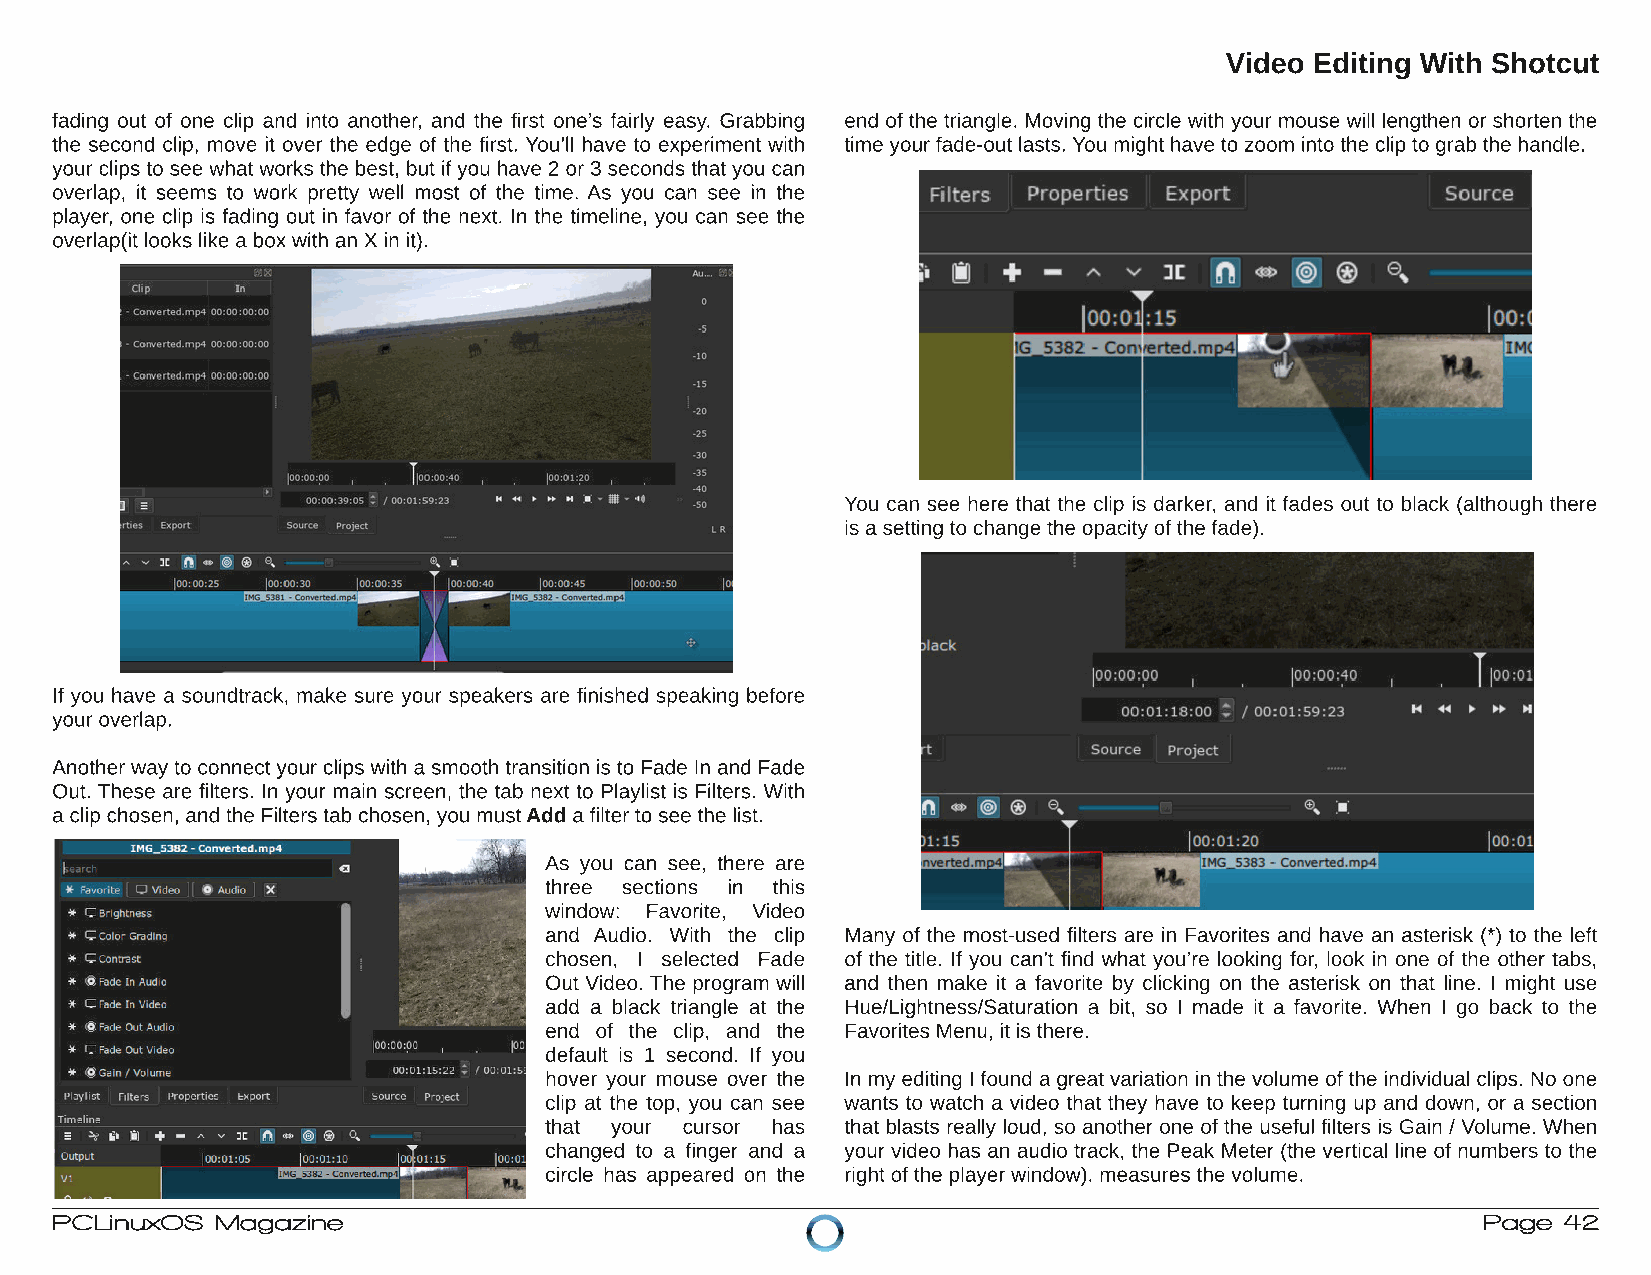
Video Editing With Shotcut
 fading out of one clip and into another, and the first one’s fairly easy. Grabbing end ofthe triangle. Moving the circle with your mouse will lengthen or shorten the
 the second clip, move it over the edge of the first. You’ll have to experiment with time yourfade-outlasts. You mighthave to zoom into the clip to grab the handle.
 your clips to see whatworks the best, butifyou have 2 or 3 seconds thatyou can
 overlap, it seems to work pretty well most of the time. As you can see in the
 player, one clip is fading out in favor of the next. In the timeline, you can see the
 overlap(itlooks like aboxwith an Xin it).
 You can see here that the clip is darker, and it fades out to black (although there
 is asetting to change the opacityofthe fade).
 If you have a soundtrack, make sure your speakers are finished speaking before
 youroverlap.
 Another wayto connectyour clips with asmooth transition is to Fade In and Fade
 Out. These are filters. In your main screen, the tab next to Playlist is Filters. With
 aclip chosen, and the Filters tab chosen, you mustAdd afilterto see the list.
 As you can see, there are
 three sections in this
 window: Favorite, Video
 and Audio. With the clip Many of the most-used filters are in Favorites and have an asterisk (*) to the left
 chosen, I selected Fade of the title. If you can’t find what you’re looking for, look in one of the other tabs,
 Out Video. The program will and then make it a favorite by clicking on the asterisk on that line. I might use
 add a black triangle at the Hue/Lightness/Saturation a bit, so I made it a favorite. When I go back to the
 end of the clip, and the Favorites Menu, itis there.
 default is 1 second. If you
 hover your mouse over the In myediting I found agreatvariation in the volume ofthe individual clips. No one
 clip at the top, you can see wants to watch a video that they have to keep turning up and down, or a section
 that your cursor has that blasts really loud, so another one of the useful filters is Gain / Volume. When
 changed to a finger and a your video has an audio track, the Peak Meter (the vertical line of numbers to the
 circle has appeared on the rightofthe playerwindow). measures the volume.
 PCLinuxOS  Magazine                                                                            Page 42